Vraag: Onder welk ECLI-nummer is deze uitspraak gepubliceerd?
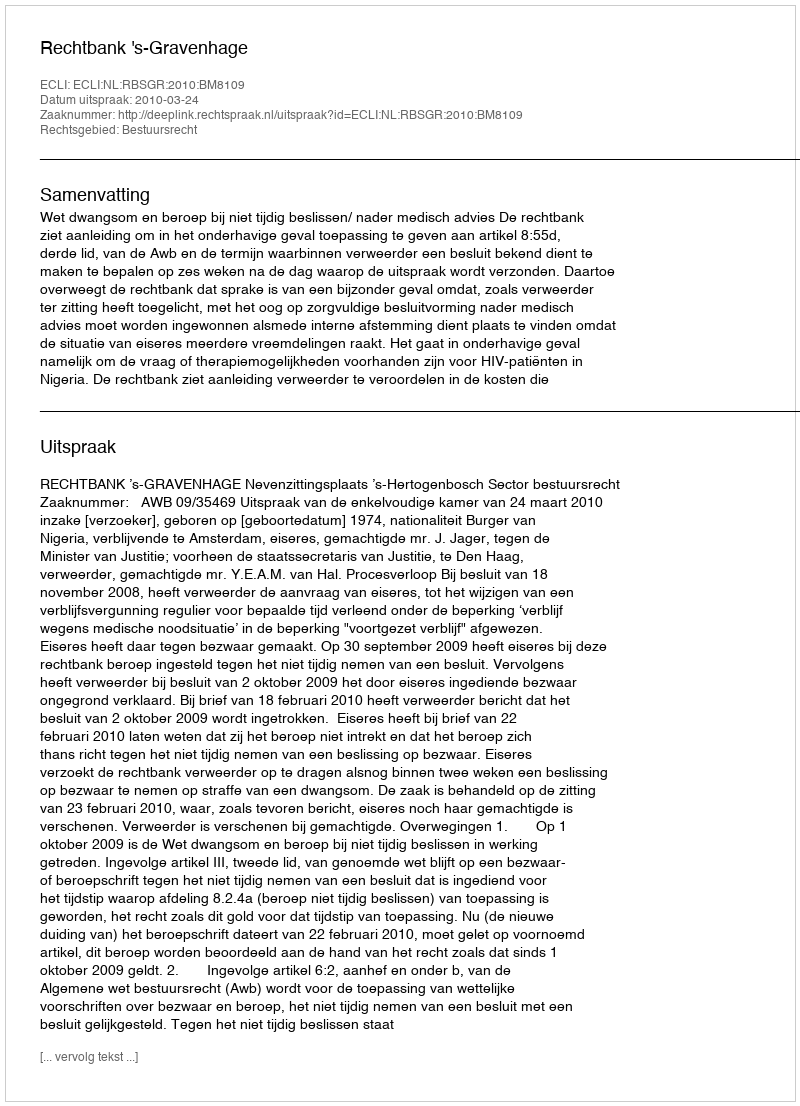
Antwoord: ECLI:NL:RBSGR:2010:BM8109